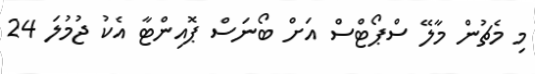
މި މެޗުން މާލޭ ސްޕޯޓްސް އަށް ބޯނަސް ޕޮއިންޓާ އެކު ޖުމުލަ 24